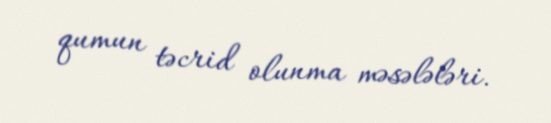
qumun təcrid olunma məsələləri.